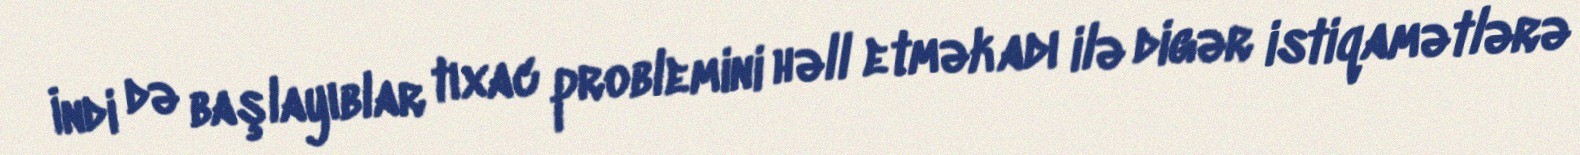
İndi də başlayıblar tıxac problemini həll etmək adı ilə digər istiqamətlərə